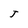
Character: J